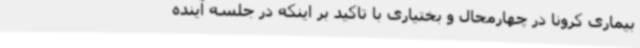
بیماری کرونا در چهارمحال و بختیاری با تاکید بر اینکه در جلسه آینده